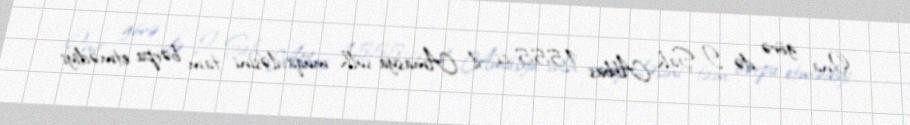
Ona görə də I Şah Abbas 1555-ci il Amasya sülh müqaviləsini tam bərpa etmədiyi